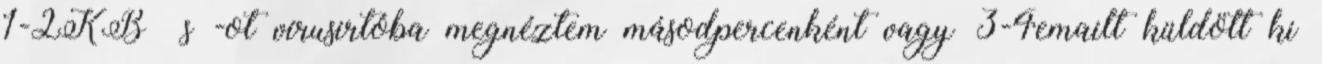
1-2KB s -ot vírusirtóba megnéztem másodpercenként vagy 3-4emailt küldött ki